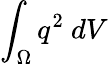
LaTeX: \int_{\Omega}q^{2}\ dV